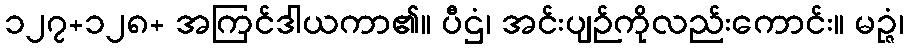
၁၂၇+၁၂၈+ အကြင်ဒါယကာ၏။ ပီဌံ၊ အင်းပျဉ်ကိုလည်းကောင်း။ မဉ္ဇံ၊